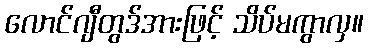
လောင်ဂျီတွဒ်အားဖြင့် သိပ်မကွာလှ။